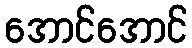
အောင်အောင်